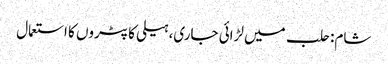
شام: حلب میں لڑائی جاری، ہیلی کاپٹروں کا استعمال